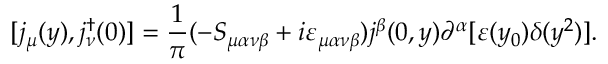
[ j _ { \mu } ( y ) , j _ { \nu } ^ { \dagger } ( 0 ) ] = \frac { 1 } { \pi } ( - S _ { \mu \alpha \nu \beta } + i \varepsilon _ { \mu \alpha \nu \beta } ) j ^ { \beta } ( 0 , y ) \partial ^ { \alpha } [ \varepsilon ( y _ { 0 } ) \delta ( y ^ { 2 } ) ] .